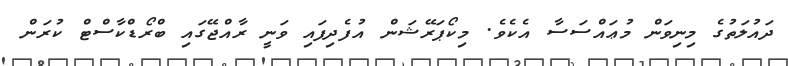
ދައުލަތުގެ މިނިވަން މުޢައްސަސާ އެކެވެ. މިކޯޕަރޭޝަން އުފެދިފައި ވަނީ ރާއްޖޭގައި ބްރޯޑްކާސްޓް ކުރަން